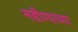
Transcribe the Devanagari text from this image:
महीण्याच्या